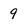
Character: 9